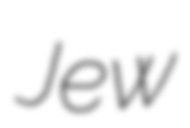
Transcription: Jew